Serum-therapy of plague in India - Number 20
Disease focus: Plague
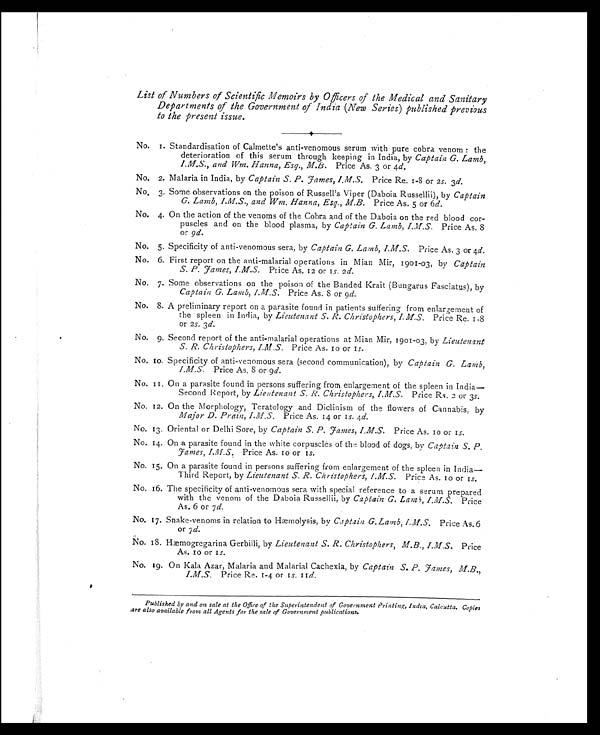
List of Numbers of Scientific Memoirs by Officers of the Medical and Sanitary
Departments of the Government of India (New Series) published previous
to the present issue.
No. 1. Standardisation of Calmette's anti-venomous serum with pure cobra venom : the
deterioration of this serum through keeping in India, by Captain G. Lamb,
I.M.S., and Wm. Hanna, Esq., M.B. Price As. 3 or 4 d.
No. 2. Malaria in India, by Captain S. P. J ames, I.M.S. Price Re. 1-8 or 2 s. 3 d.
No. 3. Some observations on the poison of Russell's Viper (Daboia Russellii), by Captain
G. Lamb, I.M.S., and Wm. Hanna, Esq., M.B. Price As. 5 or 6 d.
No. 4. On the action of the venoms of the Cobra and of the Daboia on the red blood cor-
puscles and on the blood plasma, by Captain G. Lamb, I.M.S.
Price As. 8
or 9d.
No. 5. Specificity of anti-venomous sera, by Captain G. Lamb, I.M.S. Price As. 3 or 4d.
No. 6. First report on the anti-malarial operations in Mian Mir, 1901-03, by Captain
S. P. James, I.M.S. Price As. 12 or 1S. 2 d.
No. 7. Some observations on the poison of the Banded Krait (Bungarus Fasciatus), by
Captain G. Lamb, I.M.S. Price As. 8 or 9 d.
No. 8. A preliminary report on a parasite found in patients suffering from enlargement of
the spleen in India, by Lieutenant S. R. Christophers, I.M.S. Price Re. 1-8
or 2 s. 3 d.
No. 9. Second report of the anti-malarial operations at Mian Mir, 1901-03, by Lieutenant
S. R. Christophers, I.M.S. Price As. 10 or 1s.
No. 10. Specificity of anti-venomous sera (second communication), by Captain G. Lamb,
I.M.S. Price As. 8 or 9 d.
No. 11. On a parasite found in persons suffering from enlargement of the spleen in India—
Second Report, by Lieutenant S. R. Christophers, I.M.S. Price Rs. 2 or 3 s.
No. 12. On the Morphology, Teratology and Diclinism of the flowers of Cannabis, by
Major D. Praia, I.M.S.
Price As. 14 or 1s. 4 d.
No. 13. Oriental or Delhi Sore, by Captain S. P. J ames, I .M.S. Price As. 10 or 1s.
No. 14. On a parasite found in the white corpuscles of the blood of dogs, by Captain S. P.
James, I.M.S. Price As. 10 or 1s.
No. 15. On a parasite found in persons suffering from enlargement of the spleen in India—
Third Report, by Lieutenant S. R. Christophers, I.M.S. Price As. 10 or 1 s.
No. 16. The specificity of anti-venomous sera with special reference to a serum prepared
with the venom of the Daboia Russellii, by Captain G. Lamb, I.M.S.
Price
As. 6 or 7 d.
No. 17. Snake-venoms in relation to Hæmolysis, by Captain G. Lamb, I.M.S. Price As. 6
or 7 d.
No. 18. Hæmogregarina Gerbilli, by Lieutenant S. R. Christophers, M.B., I.M.S.
Price
As. to or 1s.
No. 19. On Kala Azar, Malaria and Malarial Cachexia, by Captain S. P. James,
M.B., I.M.S. Price Re. 1-4 or 1s. 11d.
Published by and on sale at the Office of the Superintendent of Government Printing, India, Calcutta. Copies
are also available from all Agents for the sale of Government publications.